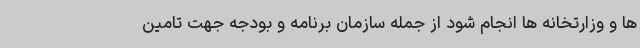
ها و وزارتخانه ها انجام شود از جمله سازمان برنامه و بودجه جهت تامین